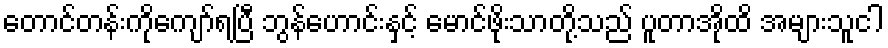
တောင်တန်းကိုကျော်ရပြီ ဘွန်ဟောင်းနှင့် မောင်ဖိုးသာတို့သည် ပူတာအိုထိ အများသူငါ